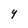
Character: Y